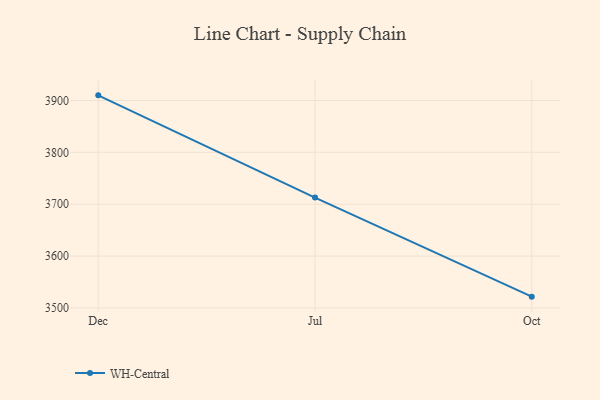
{"axis": {"x": "Month", "y": "Conversion Rate (%)"}, "legend": ["WH-Central"], "data": [{"x": "Dec", "y": 3909.9, "type": "WH-Central"}, {"x": "Jul", "y": 3712.8, "type": "WH-Central"}, {"x": "Oct", "y": 3521.7, "type": "WH-Central"}]}